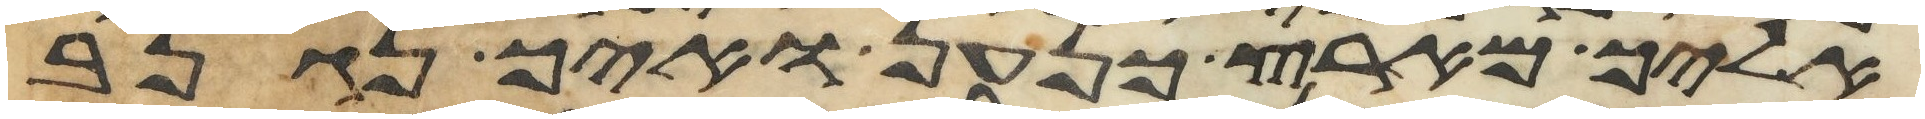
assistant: אליך מארץ כנען ואיך נגנב